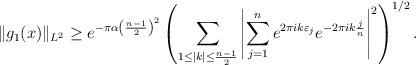
LaTeX: \begin{align*} \|g_1(x)\|_{L^2} \geq e^{-\pi \alpha \left( \frac{n-1}{2} \right)^2}\left( \sum_{1 \leq |k| \leq \frac{n-1}{2}} \left| \sum_{j=1}^{n} e^{2 \pi i k \varepsilon_j } e^{-2 \pi i k \frac{j}{n}} \right|^2 \right)^{1/2}.\end{align*}